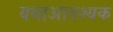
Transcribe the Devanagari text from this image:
यथाआवश्यक